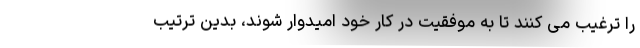
را ترغیب می کنند تا به موفقیت در کار خود امیدوار شوند، بدین ترتیب